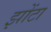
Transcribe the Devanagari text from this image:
झोंटा